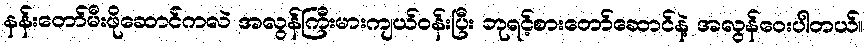
နန်းတော်မီးဖိုဆောင်ကလဲ အလွန်ကြီးမားကျယ်ဝန်းပြီး ဘုရင့်စားတော်ဆောင်နဲ့ အလွန်ဝေးပါတယ်။